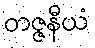
တဇ္ဇနီယံ